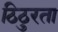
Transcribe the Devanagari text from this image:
ठिठुरता